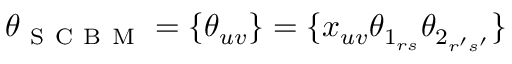
\boldsymbol { \theta } _ { \mathrm { ~ S ~ C ~ B ~ M ~ } } = \{ \theta _ { u v } \} = \{ x _ { u v } \theta _ { 1 _ { r s } } \theta _ { 2 _ { r ^ { \prime } s ^ { \prime } } } \}